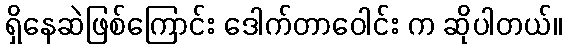
ရှိနေဆဲဖြစ်ကြောင်း ဒေါက်တာဝေါင်း က ဆိုပါတယ်။